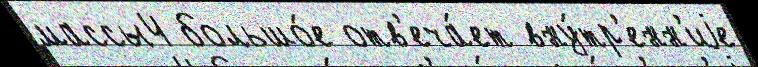
массы4 большо́е отв'еча́ет вну́тр'енн'иjе